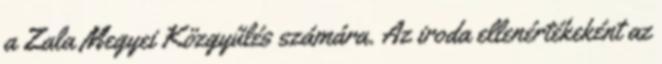
a Zala Megyei Közgyűlés számára. Az iroda ellenértékeként az